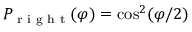
P _ { \textrm { r i g h t } } ( \varphi ) = \cos ^ { 2 } ( \varphi / 2 )